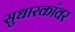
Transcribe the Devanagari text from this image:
सुधारकांवर